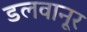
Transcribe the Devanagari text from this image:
डलवानूर